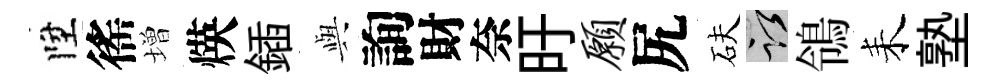
陞徭増煐鍤𫤰詢財奈旴愿尻砆謹鴒耒塾